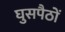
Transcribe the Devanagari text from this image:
घुसपैठों